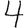
Digit: 4